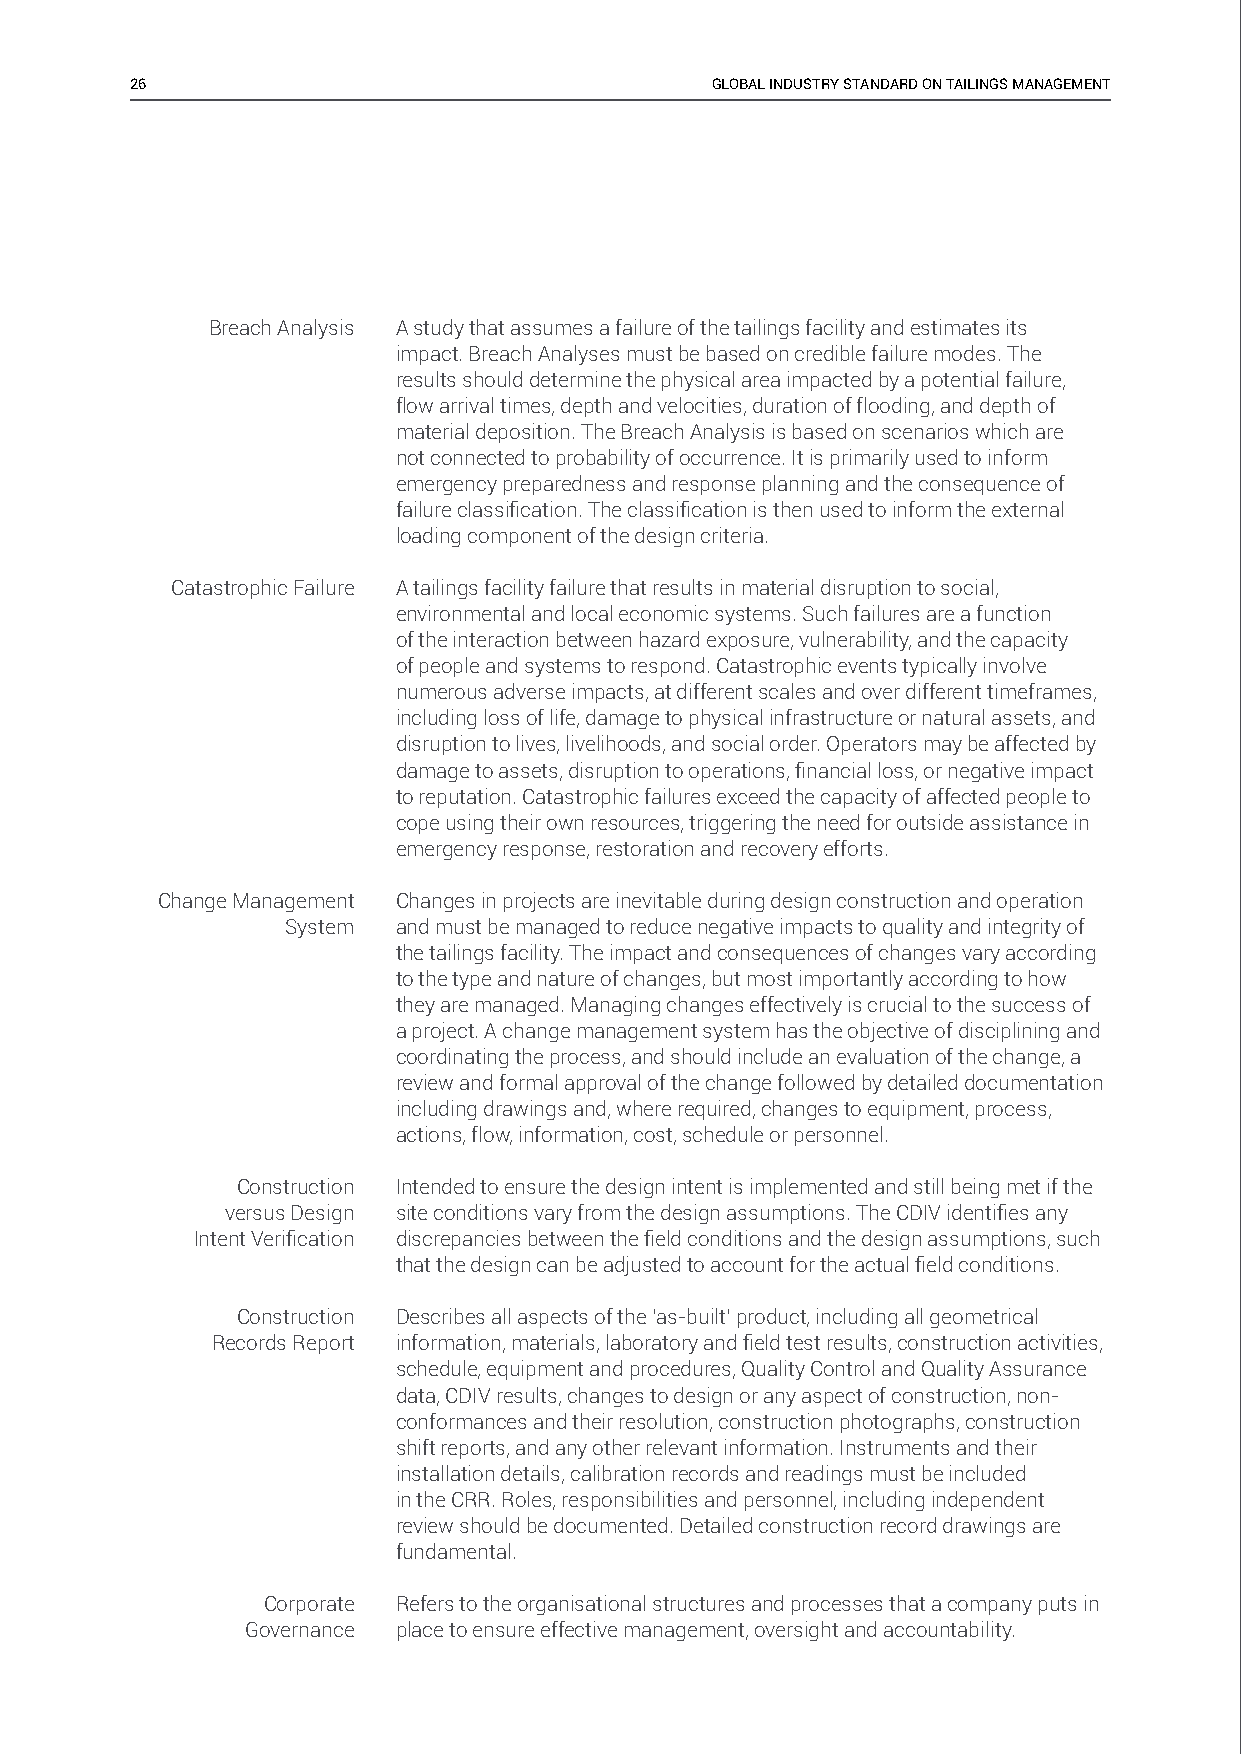
26                                    GLOBAL INDUSTRY STANDARD ON TAILINGS MANAGEMENT
 Breach Analysis A study that assumes a failure of the tailings facility and estimates its
 impact. Breach Analyses must be based on credible failure modes. The
 results should determine the physical area impacted by a potential failure,
 flow arrival times, depth and velocities, duration of flooding, and depth of
 material deposition. The Breach Analysis is based on scenarios which are
 not connected to probability of occurrence. It is primarily used to inform
 emergency preparedness and response planning and the consequence of
 failure classifi cation. The classifi cation is then used to inform the external
 loading component of the design criteria.
 Catastrophic Failure A tailings facility failure that results in material disruption to social,
 environmental and local economic systems. Such failures are a function
 of the interaction between hazard exposure, vulnerability, and the capacity
 of people and systems to respond. Catastrophic events typically involve
 numerous adverse impacts, at different scales and over different timeframes,
 including loss of life, damage to physical infrastructure or natural assets, and
 disruption to lives, livelihoods, and social order. Operators may be affected by
 damage to assets, disruption to operations, fi nancial loss, or negative impact
 to reputation. Catastrophic failures exceed the capacity of affected people to
 cope using their own resources, triggering the need for outside assistance in
 emergency response, restoration and recovery efforts.
 Change Management Changes in projects are inevitable during design construction and operation
 System and must be managed to reduce negative impacts to quality and integrity of
 the tailings facility. The impact and consequences of changes vary according
 to the type and nature of changes, but most importantly according to how
 they are managed. Managing changes effectively is crucial to the success of
 a project. A change management system has the objective of disciplining and
 coordinating the process, and should include an evaluation of the change, a
 review and formal approval of the change followed by detailed documentation
 including drawings and, where required, changes to equipment, process,
 actions, flow, information, cost, schedule or personnel.
 Construction Intended to ensure the design intent is implemented and still being met if the
 versus Design site conditions vary from the design assumptions. The CDIV identifi es any
 Intent Verifi cation discrepancies between the fi eld conditions and the design assumptions, such
 that the design can be adjusted to account for the actual fi eld conditions.
 Construction Describes all aspects of the ‘as-built’ product, including all geometrical
 Records Report information, materials, laboratory and fi eld test results, construction activities,
 schedule, equipment and procedures, Quality Control and Quality Assurance
 data, CDIV results, changes to design or any aspect of construction, non-
 conformances and their resolution, construction photographs, construction
 shift reports, and any other relevant information. Instruments and their
 installation details, calibration records and readings must be included
 in the CRR. Roles, responsibilities and personnel, including independent
 review should be documented. Detailed construction record drawings are
 fundamental.
 Corporate Refers to the organisational structures and processes that a company puts in
 Governance place to ensure effective management, oversight and accountability.